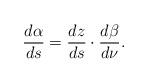
LaTeX: \begin{align*} \frac{d \alpha}{ds} = \frac{dz}{ds} \cdot \frac{d\beta}{d \nu}. \end{align*}